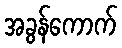
အခွန်ကောက်